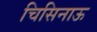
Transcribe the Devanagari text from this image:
चिसिनाऊ